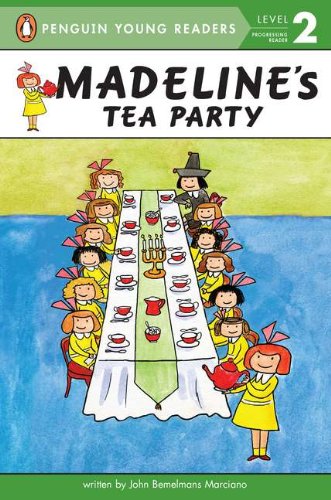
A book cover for Madeline's Tea Party; John Bemelmans Marciano; Children's Books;